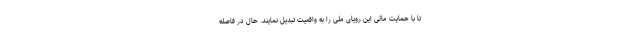
تا با حمایت مالی این رویای ملی را به واقعیت تبدیل نمایند. حال در فاصله